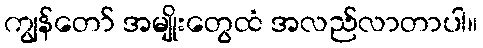
ကျွန်တော် အမျိုးတွေထံ အလည်လာတာပါ။